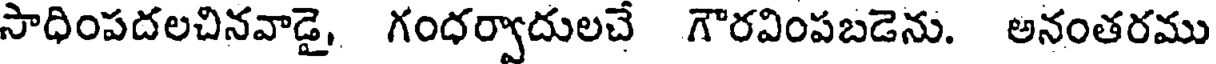
సాధింపదలచినవాడై, గంధర్వాదులచే గౌరవింపబడెను. అనంతరము